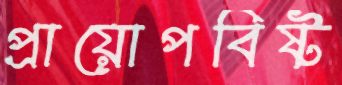
প্রায়োপবিষ্ট